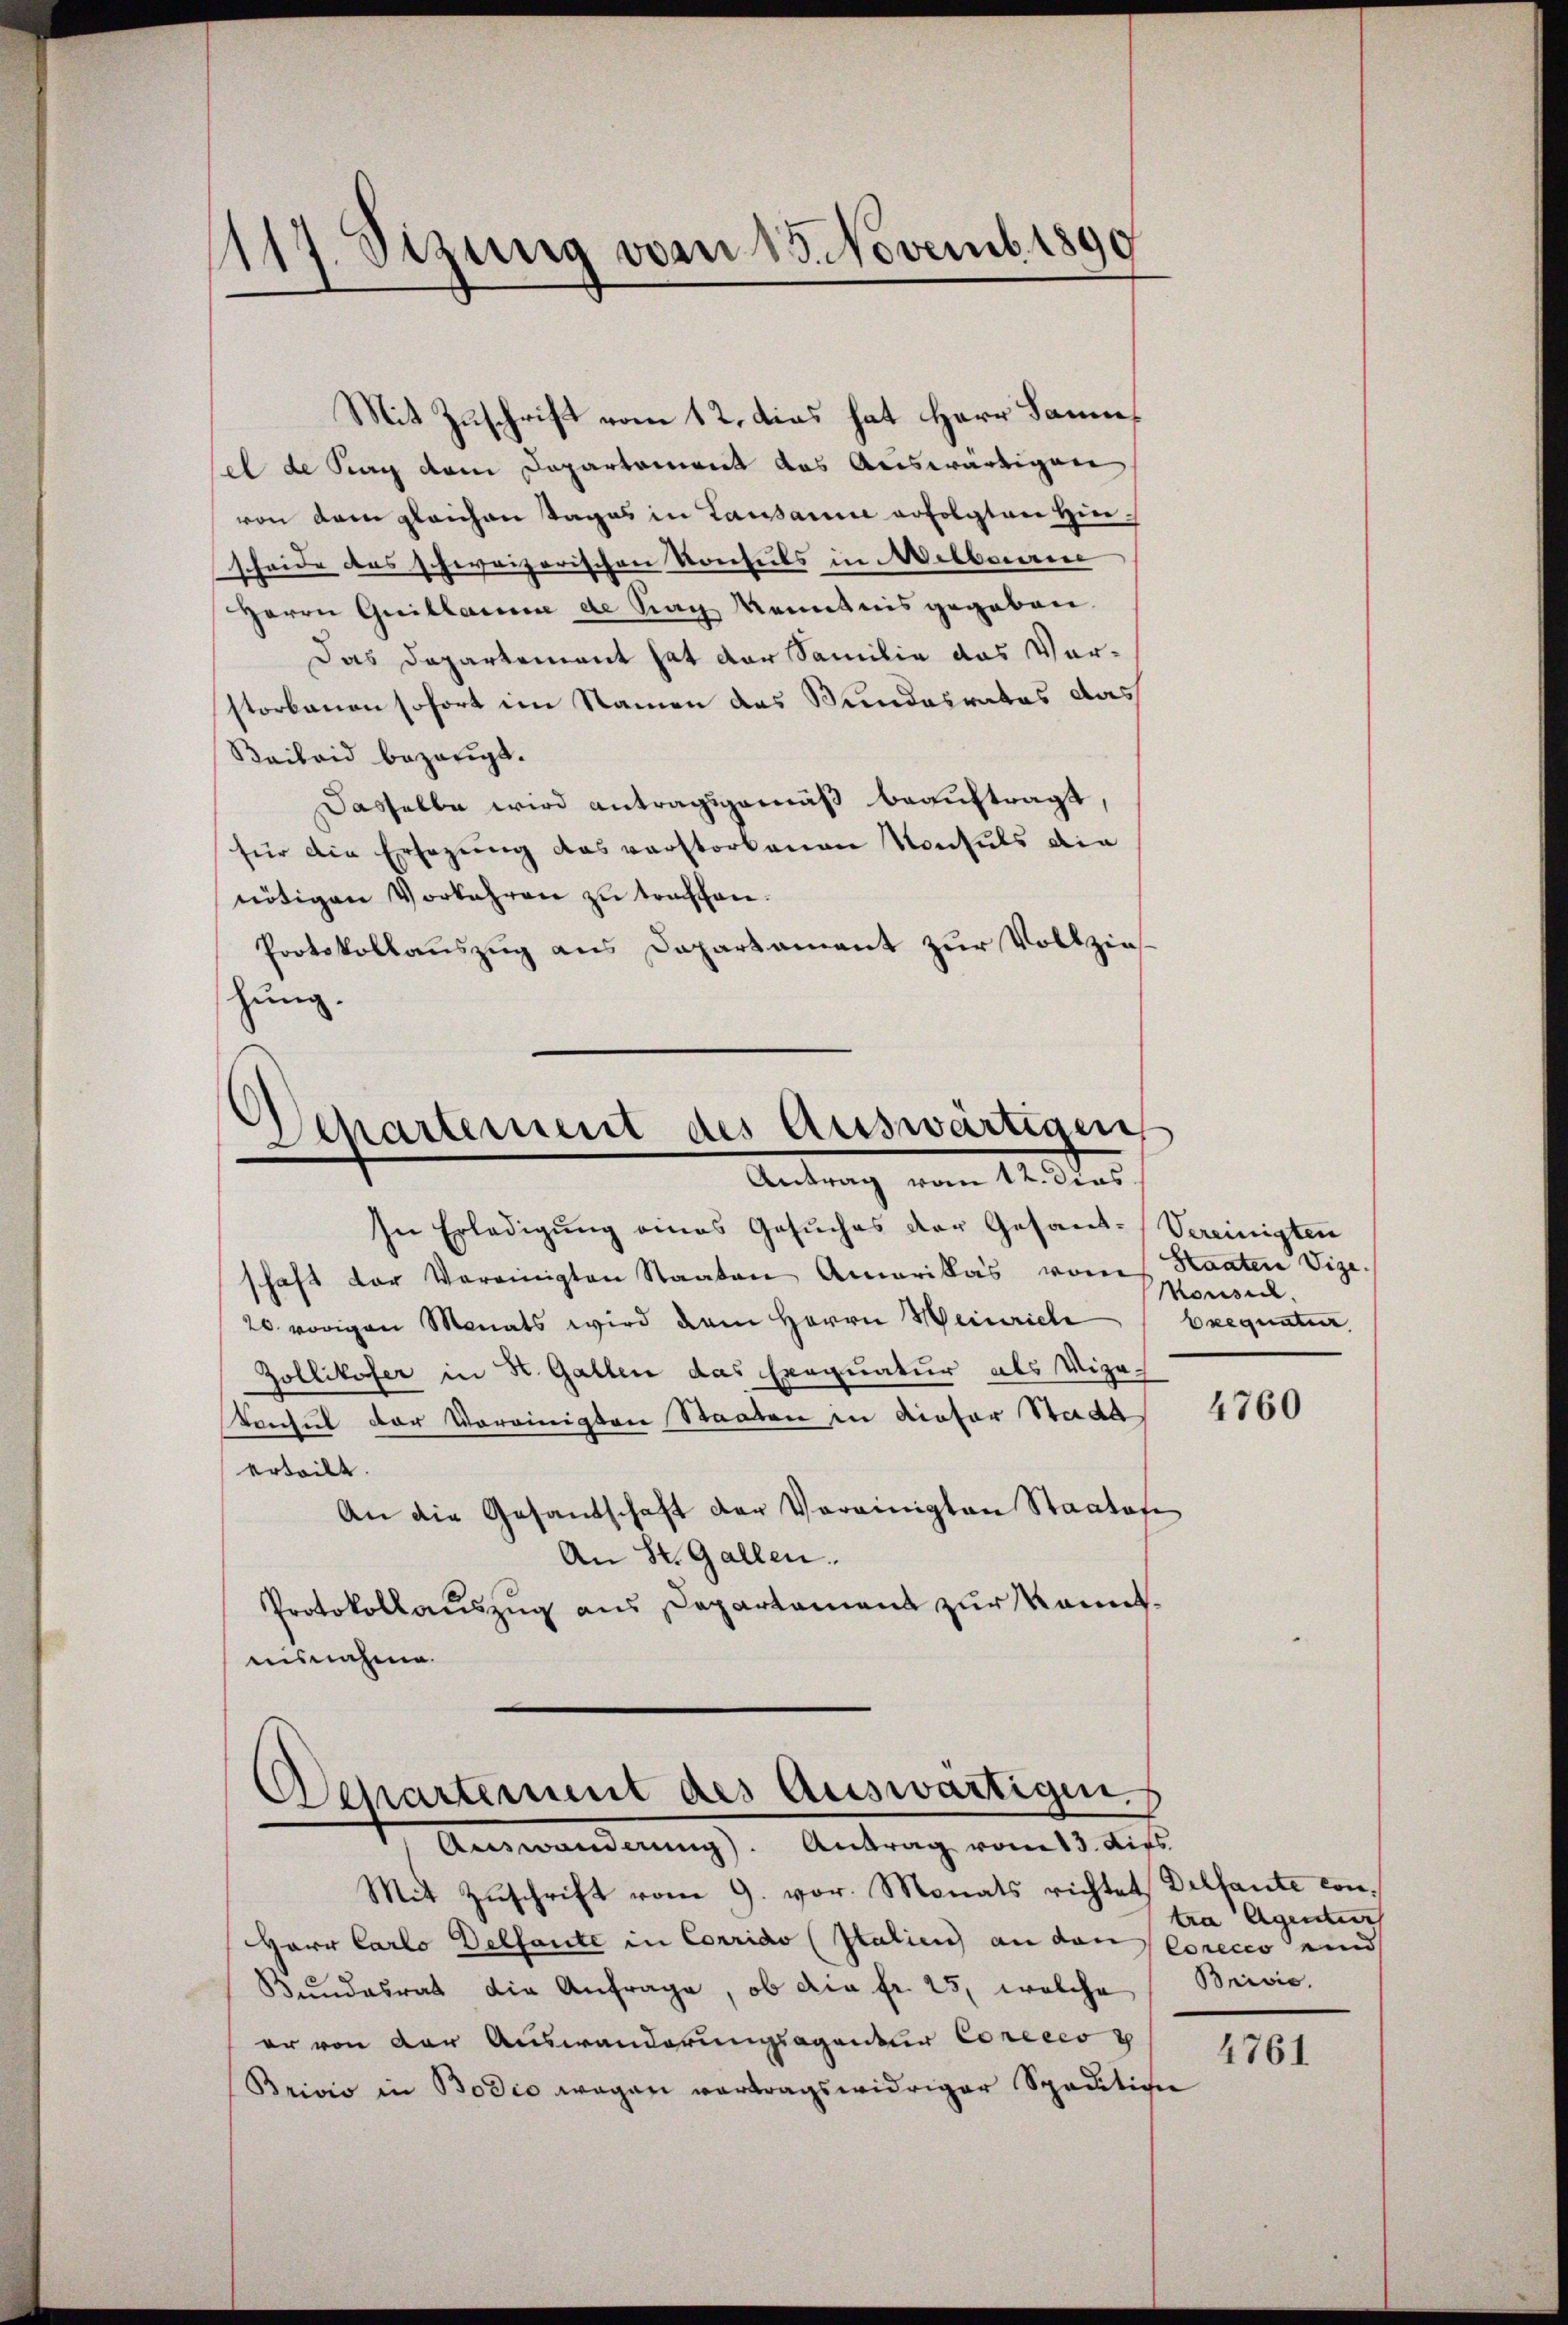
1117. Sizung vom 15. Novemb. 1890

Mit Zuschrift vom 12. dies hat Herr Sammsel de Prag dem Departement das Auswärtigen
von dem gleichen Tages in Lausanne erfolgten Hiesheide das schweizerischen Konseits in Welbare
Herrn Guillaire de Sag Kenntnis gegeben.
Das Departement hat der Familie das Vorstorbenen sofort im Namen das Bundesrates das
Beibrid bezeigt.
Dasselbe wird antragsgemäß beauftragt,
für die Ersezung das verstorbenen Konsuls die
nötigen Vorkehren zu traffen.
Protokollauszug aus Dapartament zur Vollzieshung.

Separtement des Auswärtigen
Antrag vom 12. dies

In Erledigung eines Gesuches der Gesand-Vereinigten
schaft der Vereinigten Staaten Amerikas vom Staaten Vize.
20 vorigen Monats wird dem Herrn Heinrich
Zollikofer in St. Gallen das Exequatur als Vize-
Vonsul der Vereinigten Staaten in Rietor Stade
erteilt.
An die Gesandschaft der Vereinigten Staatofe
An St. Gallen.
Protokollauszug aus Departamens zur Manntnisnahme.

Departement des Auswärtigen.
Auswanderung). Antrag vom 13. dies

Mit Zuschrift vom 9. vor. Monats richtet, Dellante con¬
Herr Carlo Delfante in Corrido (Italien an den Corecco unnd
Bundesrat die Anfrage, ob die fr. 25, welche Brivić.
er von der Auswanderungsagentur Conceco
Brivio in Bodio wegen vertragswidriger Spedition

Monsil.
Exequatur

4760

tra Agentur

4761